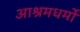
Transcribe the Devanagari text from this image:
आश्रमधर्मों